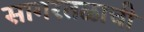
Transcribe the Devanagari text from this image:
सागरतळाची